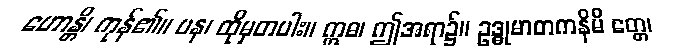
ဟောန္တိ၊ ကုန်၏။ ပန၊ ထိုမှတပါး။ ဣဓ၊ ဤအရာ၌။ ဥဒ္ဓုမာတကနိမိ တ္တေ၊